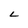
Character: L